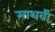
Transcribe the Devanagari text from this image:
माथवी